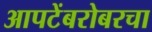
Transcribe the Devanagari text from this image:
आपटेंबरोबरचा